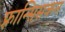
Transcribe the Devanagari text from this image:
फ़्रान्सिसकन